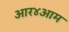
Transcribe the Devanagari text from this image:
आर४आम